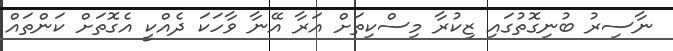
ނާސިރު ބުނިގޮތުގައި ޒިކުރާ މިސްކިތަށް އަރާ އޭނާ ވާހަކަ ދެއްކީ އެގޮތަށް ކަންތައް